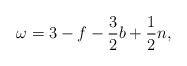
\begin{align*}\omega=3-f-\frac{3}{2}b+\frac{1}{2}n,\end{align*}